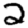
Digit: 2